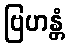
ဗြဟန္တံ